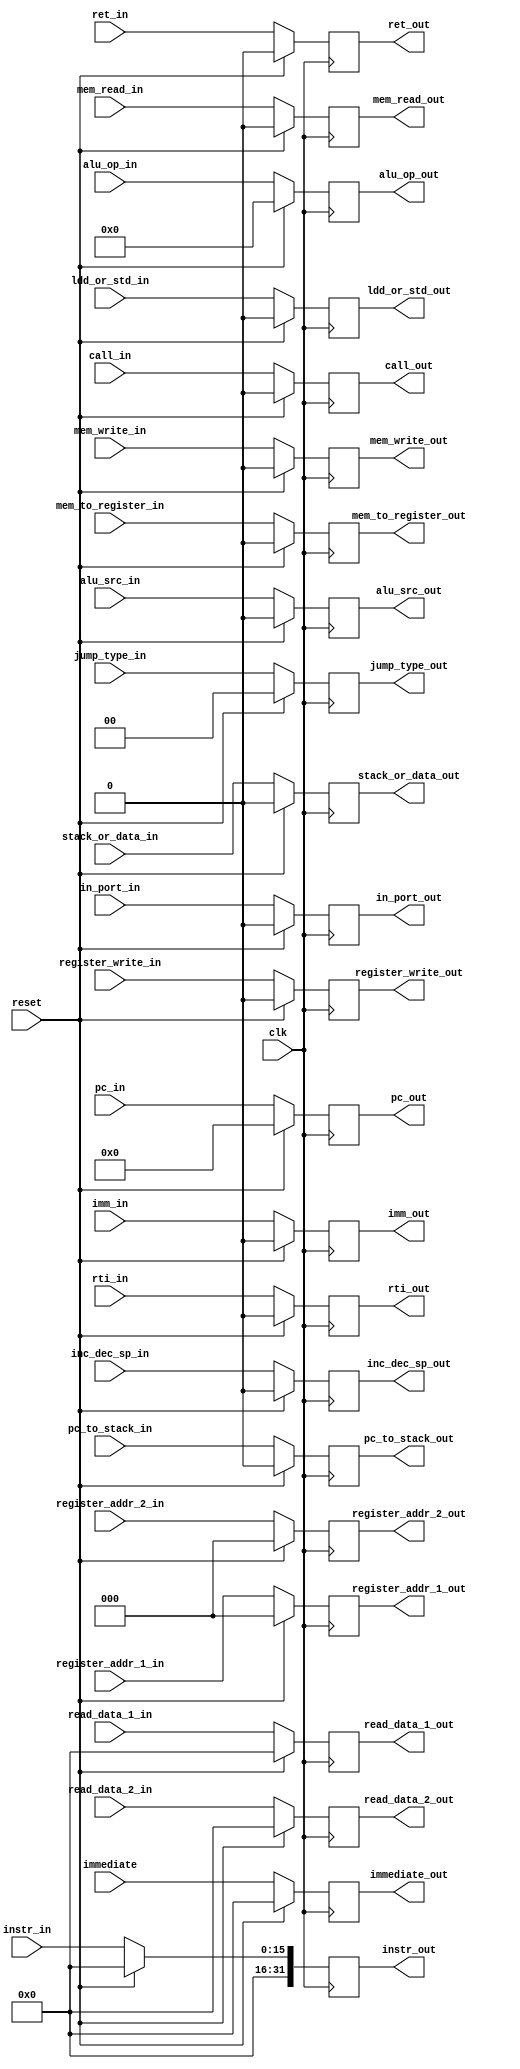
module ID_IE_buffer (reset,instr_in,instr_out, pc_in,pc_out, register_addr_1_in,register_addr_2_in,register_addr_1_out,register_addr_2_out,alu_op_in, register_write_in, alu_src_in, mem_write_in, mem_to_register_in, mem_read_in, jump_type_in,in_port_in,stack_or_data_in,pc_to_stack_in,inc_dec_sp_in,
imm_in,ldd_or_std_in,ret_in,rti_in,call_in, read_data_1_in, read_data_2_in, alu_op_out, register_write_out, alu_src_out, mem_write_out, mem_to_register_out, mem_read_out, jump_type_out,in_port_out,stack_or_data_out,pc_to_stack_out,inc_dec_sp_out,imm_out,ldd_or_std_out,ret_out,rti_out,call_out, read_data_1_out, read_data_2_out, immediate,immediate_out, clk);
  input [2:0] register_addr_1_in,register_addr_2_in;   
  input [3:0] alu_op_in; 
  input [1:0] jump_type_in;
  input register_write_in, alu_src_in, mem_write_in, mem_to_register_in, mem_read_in, in_port_in,stack_or_data_in,pc_to_stack_in,inc_dec_sp_in,imm_in,ldd_or_std_in, clk; 
  input ret_in, rti_in, call_in;
  input [15:0] read_data_1_in, read_data_2_in,immediate;
  input [31:0] pc_in;
  input [15:0]instr_in;
  input reset;
  
  output reg [2:0] register_addr_1_out,register_addr_2_out;   
  output reg [3:0] alu_op_out; 
  output reg [1:0] jump_type_out;   
  output reg register_write_out, alu_src_out, mem_write_out, mem_to_register_out, mem_read_out,in_port_out,stack_or_data_out,pc_to_stack_out,inc_dec_sp_out,imm_out,ldd_or_std_out; 
  output reg ret_out, rti_out, call_out;
  output reg [15:0] read_data_1_out, read_data_2_out,immediate_out;
  output reg [31:0] pc_out,instr_out;
  always@(posedge clk) begin
  if(reset)begin
    alu_op_out = 0;
    register_write_out = 0;
    alu_src_out = 0;
    mem_write_out = 0;
    mem_to_register_out = 0;
    mem_read_out = 0;
    read_data_1_out = 0;
    read_data_2_out = 0;
    in_port_out = 0;
    stack_or_data_out = 0;
    pc_to_stack_out = 0;
    inc_dec_sp_out = 0;
    imm_out = 0;
    ldd_or_std_out = 0;
    immediate_out= 0;
    register_addr_1_out = 0;
    register_addr_2_out = 0;
    pc_out = 0;
    instr_out = 0;
    ret_out = 0;
    rti_out = 0;
    call_out = 0;
    jump_type_out = 0;
end
else begin
    jump_type_out = jump_type_in;
    alu_op_out = alu_op_in;
    register_write_out = register_write_in;
    alu_src_out = alu_src_in;
    mem_write_out = mem_write_in;
    mem_to_register_out = mem_to_register_in;
    mem_read_out = mem_read_in;
    read_data_1_out = read_data_1_in;
    read_data_2_out = read_data_2_in;
    in_port_out = in_port_in;
    stack_or_data_out = stack_or_data_in;
    pc_to_stack_out = pc_to_stack_in;
    inc_dec_sp_out = inc_dec_sp_in;
    imm_out = imm_in;
    ldd_or_std_out = ldd_or_std_in;
    immediate_out=immediate;
    register_addr_1_out = register_addr_1_in;
    register_addr_2_out = register_addr_2_in;
    pc_out=pc_in;
    instr_out=instr_in;
    ret_out = ret_in;
    rti_out = rti_in;
    call_out = call_in;
end
end
endmodule